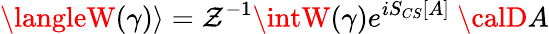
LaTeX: \langleW(\gamma)\rangle=\mathcal{Z}^{-1}\intW(\gamma)e^{iS_{CS}[A]}\ {\calD}A